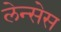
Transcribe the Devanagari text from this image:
लेन्सेस